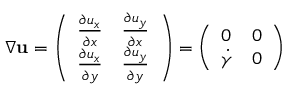
\nabla \mathbf { { u } } = \left( \begin{array} { l l } { \frac { \partial u _ { x } } { \partial x } } & { \frac { \partial u _ { y } } { \partial x } } \\ { \frac { \partial u _ { x } } { \partial y } } & { \frac { \partial u _ { y } } { \partial y } } \end{array} \right) = \left( \begin{array} { l l } { 0 } & { 0 } \\ { \dot { \gamma } } & { 0 } \end{array} \right)